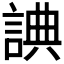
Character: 𧨸